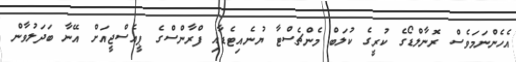
އެހެންނަމަވެސް ރޮނާލްޑޯގެ ކުރީގެ ކުލަބް މެންޗެސްޓާ ޔުނެއިޓެޑާއި ފްރާންސްގެ ޕީއެސްޖީއަށް އޭނާ ބަދަލުވާން